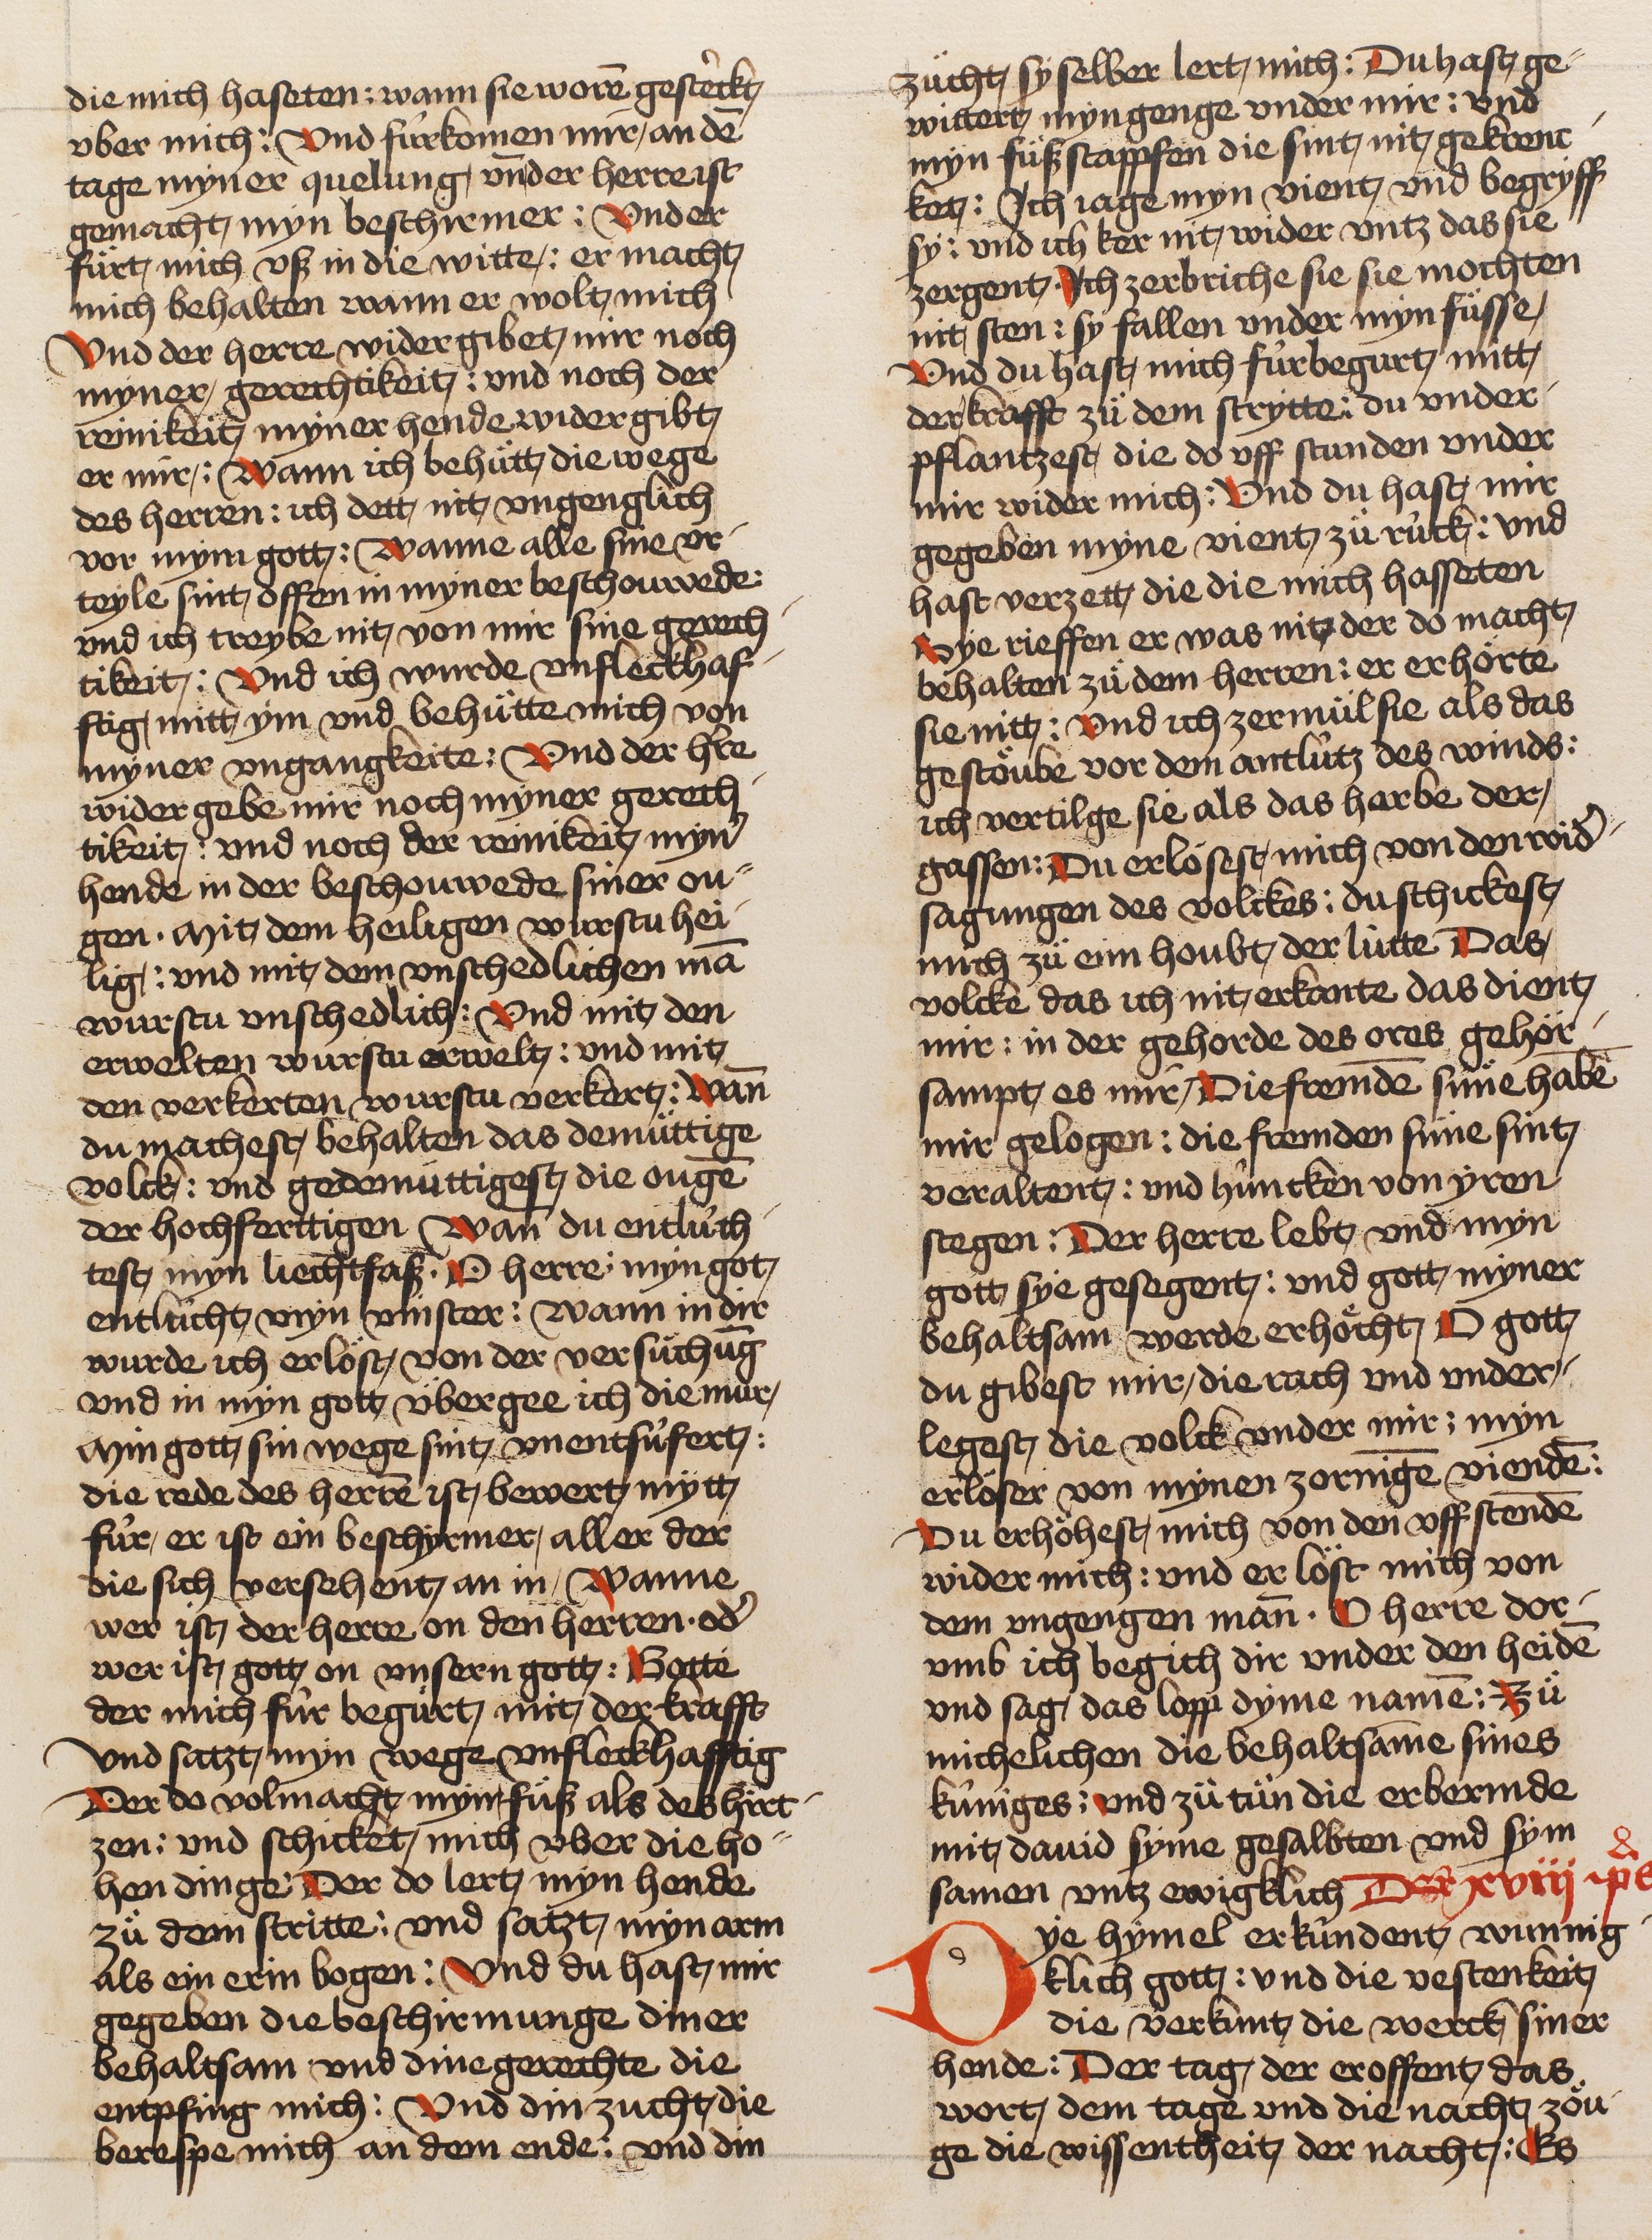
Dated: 1466–1499